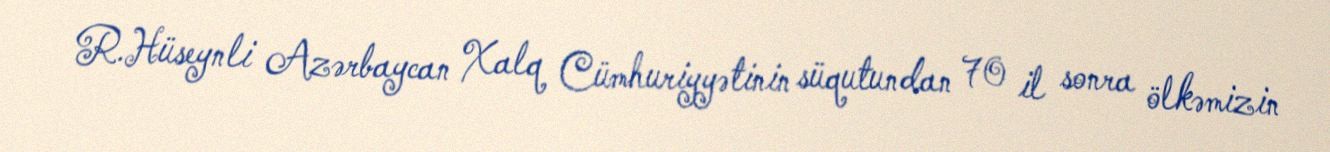
R.Hüseynli Azərbaycan Xalq Cümhuriyyətinin süqutundan 70 il sonra ölkəmizin